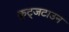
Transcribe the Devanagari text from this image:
कुट्जटाउन